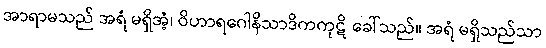
အာရာမသည် အရံ မရှိအံ့၊ ဝိဟာရဂေါနိသာဒိကကုဋိ ခေါ်သည်။ အရံ မရှိသည်သာ